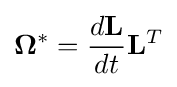
\mathbf {\Omega } ^{*}={\frac {d\mathbf {L} }{dt}}\mathbf {L} ^{T}